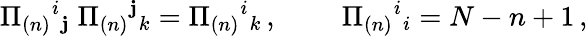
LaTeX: \Pi_{(n)}{}^{i}{}_{\mathbf{j}}\; \Pi_{(n)}{}^{\mathbf{j}}{}_{k}=\Pi_{(n)}{}^{i}{}_{k}\, ,\; \; \; \; \; \; \; \; \Pi_{(n)}{}^{i}{}_{i}=N-n+1\, ,